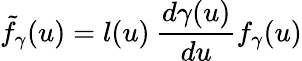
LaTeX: {\tilde{f}}_{\gamma}(u)=l(u)\: \frac{d\gamma(u)}{du}f_{\gamma}(u)